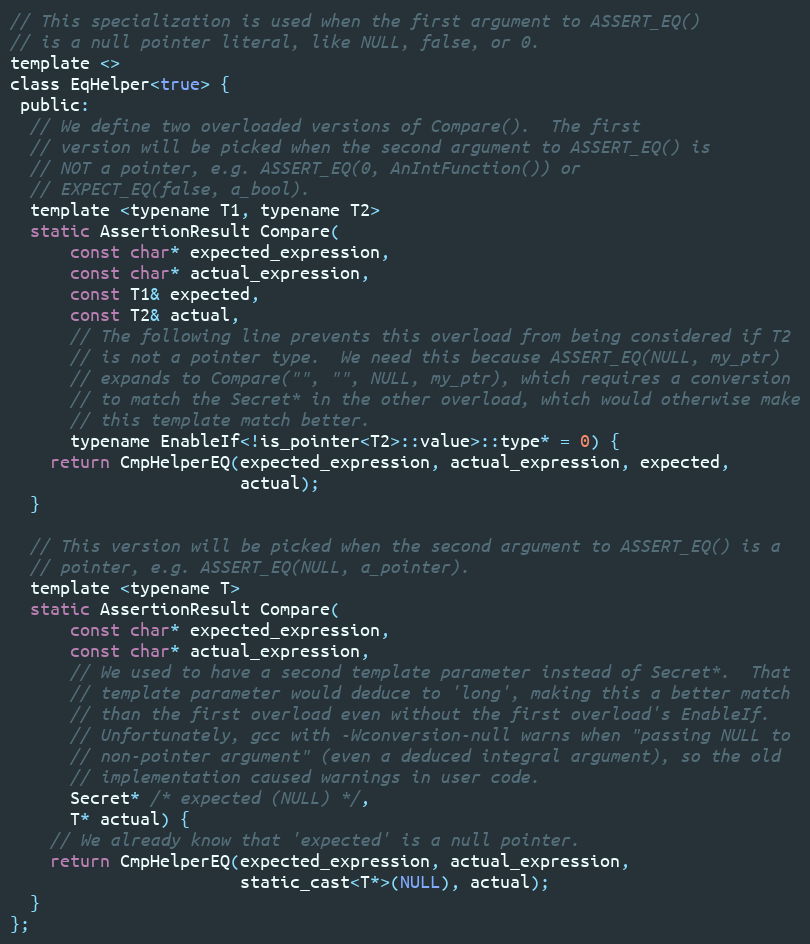
Language: C
// This specialization is used when the first argument to ASSERT_EQ()
// is a null pointer literal, like NULL, false, or 0.
template <>
class EqHelper<true> {
 public:
  // We define two overloaded versions of Compare().  The first
  // version will be picked when the second argument to ASSERT_EQ() is
  // NOT a pointer, e.g. ASSERT_EQ(0, AnIntFunction()) or
  // EXPECT_EQ(false, a_bool).
  template <typename T1, typename T2>
  static AssertionResult Compare(
      const char* expected_expression,
      const char* actual_expression,
      const T1& expected,
      const T2& actual,
      // The following line prevents this overload from being considered if T2
      // is not a pointer type.  We need this because ASSERT_EQ(NULL, my_ptr)
      // expands to Compare("", "", NULL, my_ptr), which requires a conversion
      // to match the Secret* in the other overload, which would otherwise make
      // this template match better.
      typename EnableIf<!is_pointer<T2>::value>::type* = 0) {
    return CmpHelperEQ(expected_expression, actual_expression, expected,
                       actual);
  }

  // This version will be picked when the second argument to ASSERT_EQ() is a
  // pointer, e.g. ASSERT_EQ(NULL, a_pointer).
  template <typename T>
  static AssertionResult Compare(
      const char* expected_expression,
      const char* actual_expression,
      // We used to have a second template parameter instead of Secret*.  That
      // template parameter would deduce to 'long', making this a better match
      // than the first overload even without the first overload's EnableIf.
      // Unfortunately, gcc with -Wconversion-null warns when "passing NULL to
      // non-pointer argument" (even a deduced integral argument), so the old
      // implementation caused warnings in user code.
      Secret* /* expected (NULL) */,
      T* actual) {
    // We already know that 'expected' is a null pointer.
    return CmpHelperEQ(expected_expression, actual_expression,
                       static_cast<T*>(NULL), actual);
  }
};